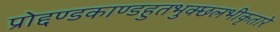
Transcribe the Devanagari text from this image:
प्रोद्दण्डकाण्डहुतभुक्छलभीकृतारे